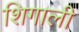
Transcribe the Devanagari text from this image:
शिगाली